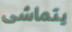
يتماشى